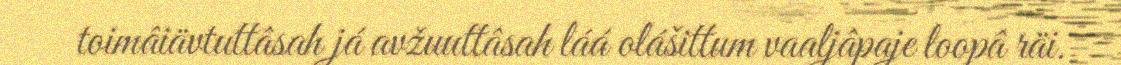
toimâiävtuttâsah já avžuuttâsah láá olášittum vaaljâpaje loopâ räi.